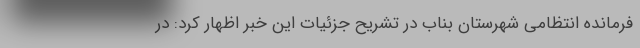
فرمانده انتظامی شهرستان بناب در تشریح جزئیات این خبر اظهار کرد: در